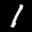
Label: 1